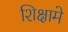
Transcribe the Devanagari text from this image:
शिक्षामे